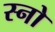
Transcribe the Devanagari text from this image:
स्‍नो